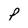
Character: P